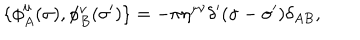
LaTeX: \{ \phi _ { A } ^ { \mu } ( \sigma ) , \phi _ { B } ^ { \nu } ( \sigma ^ { \prime } ) \} = - \pi \eta ^ { \mu \nu } \delta ^ { \prime } ( \sigma - \sigma ^ { \prime } ) \delta _ { A B } ,